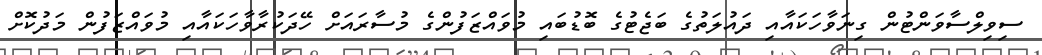
ސިވިލްސާވަންޓުން ގިނަވާހަކައާއި ދައުލަތުގެ ބަޖެޓުގެ ބޮޑުބައި މުވައްޒަފުންގެ މުސާރައަށް ހޭދަކުރާވާހަކައާއި މުވައްޒަފުން މަދުކޮށް